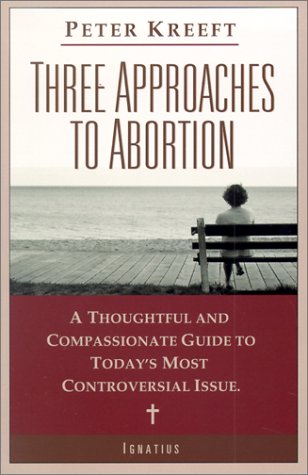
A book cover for Three Approaches to Abortion: A Thoughtful and Compassionate Guide to Today's Most Controversial Issue; Peter Kreeft; Politics & Social Sciences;